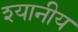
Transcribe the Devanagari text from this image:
श्यानीय